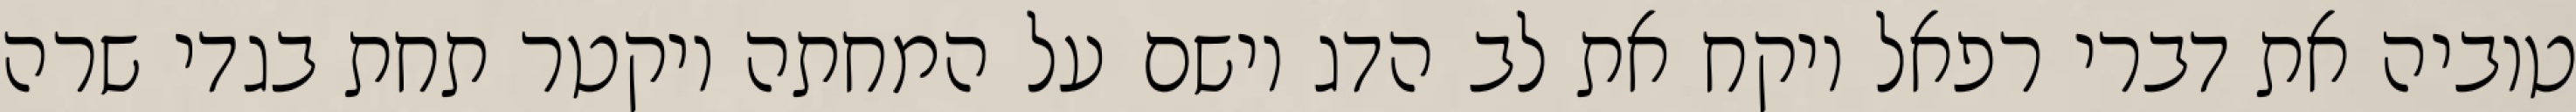
טוביה את דברי רפאל ויקח את לב הדג וישם על המחתה ויקטר תחת בגדי שרה